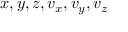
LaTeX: x , y , z , v _ { x } , v _ { y } , v _ { z }